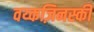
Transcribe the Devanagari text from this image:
वय्कज़िनस्की